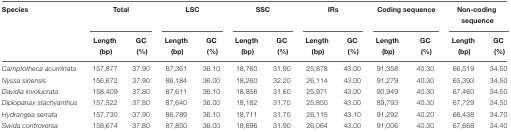
<table><thead><tr><td><b>Species</b></td><td colspan="2"><b>Total</b></td><td colspan="2"><b>LSC</b></td><td colspan="2"><b>SSC</b></td><td colspan="2"><b>IRs</b></td><td colspan="2"><b>Coding sequence</b></td><td colspan="2"><b>Non-coding sequence</b></td></tr><tr><td></td><td><b>Length</b></td><td><b>GC</b></td><td><b>Length</b></td><td><b>GC</b></td><td><b>Length</b></td><td><b>GC</b></td><td><b>Length</b></td><td><b>GC</b></td><td><b>Length</b></td><td><b>GC</b></td><td><b>Length</b></td><td><b>GC</b></td></tr><tr><td></td><td><b>(bp)</b></td><td><b>(%)</b></td><td><b>(bp)</b></td><td><b>(%)</b></td><td><b>(bp)</b></td><td><b>(%)</b></td><td><b>(bp)</b></td><td><b>(%)</b></td><td><b>(bp)</b></td><td><b>(%)</b></td><td><b>(bp)</b></td><td><b>(%)</b></td></tr></thead><tbody><tr><td><i>Camptotheca acuminata</i></td><td>157,877</td><td>37.90</td><td>87,361</td><td>36.10</td><td>18,760</td><td>31.90</td><td>25,878</td><td>43.00</td><td>91,358</td><td>40.30</td><td>66,519</td><td>34.50</td></tr><tr><td><i>Nyssa sinensis</i></td><td>156,672</td><td>37.90</td><td>86,184</td><td>36.00</td><td>18,260</td><td>32.20</td><td>26,114</td><td>43.00</td><td>91,279</td><td>40.30</td><td>65,393</td><td>34.50</td></tr><tr><td><i>Davidia involucrata</i></td><td>158,409</td><td>37.80</td><td>87,611</td><td>36.10</td><td>18,856</td><td>31.60</td><td>25,971</td><td>43.00</td><td>90,949</td><td>40.30</td><td>67,460</td><td>34.50</td></tr><tr><td><i>Diplopanax stachyanthus</i></td><td>157,522</td><td>37.80</td><td>87,640</td><td>36.00</td><td>18,182</td><td>31.70</td><td>25,850</td><td>43.00</td><td>89,793</td><td>40.30</td><td>67,729</td><td>34.50</td></tr><tr><td><i>Hydrangea serrata</i></td><td>157,730</td><td>37.90</td><td>86,789</td><td>36.10</td><td>18,711</td><td>31.70</td><td>26,115</td><td>43.10</td><td>91,292</td><td>40.20</td><td>66,438</td><td>34.70</td></tr><tr><td><i>Swida controversa</i></td><td>158,674</td><td>37.80</td><td>87,850</td><td>36.00</td><td>18,696</td><td>31.90</td><td>26,064</td><td>43.00</td><td>91,006</td><td>40.30</td><td>67,668</td><td>34.40</td></tr></tbody></table>